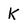
Character: k